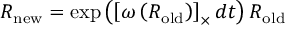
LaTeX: { \boldsymbol { R } } _ { \mathrm { n e w } } = \exp \left( \left[ { \boldsymbol { \omega } } \left( { \boldsymbol { R } } _ { \mathrm { o l d } } \right) \right] _ { \times } d t \right) { \boldsymbol { R } } _ { \mathrm { o l d } }